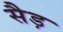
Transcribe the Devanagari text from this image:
सैड़